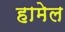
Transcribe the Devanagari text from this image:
हामेल